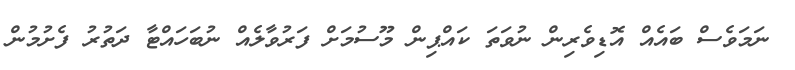
ނަމަވެސް ބައެއް އޮޑިވެރިން ނުވަތަ ކައްޕިން މޫސުމަށް ފަރުވާލެއް ނުބަހައްޓާ ދަތުރު ފެށުމުން